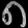
Digit: ၈